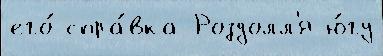
его́ спра́вка Роздолл'я ю́гу